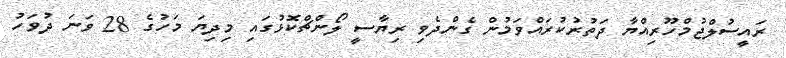
ރައީސުލްޖުމްހޫރިއްޔާ ދަތުރުކުރައްވަމުން ގެންދެވި ރިޔާސީ ލޯންޗްކޮޅުގައި މިދިޔަ މަހުގެ 28 ވަނަ ދުވަހު